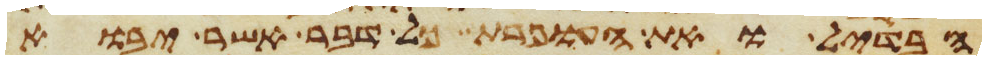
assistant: הבדיל ואת העופרת כל דבר אשר יבוא